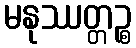
မနုဿတ္တဉ္စ